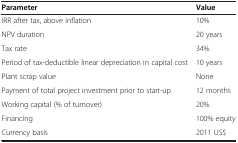
<table><thead><tr><td><b>Parameter</b></td><td><b>Value</b></td></tr></thead><tbody><tr><td>IRR after tax, above inflation</td><td>10%</td></tr><tr><td>NPV duration</td><td>20 years</td></tr><tr><td>Tax rate</td><td>34%</td></tr><tr><td>Period of tax-deductible linear depreciation in capital cost</td><td>10 years</td></tr><tr><td>Plant scrap value</td><td>None</td></tr><tr><td>Payment of total project investment prior to start-up</td><td>12 months</td></tr><tr><td>Working capital (% of turnover)</td><td>20%</td></tr><tr><td>Financing</td><td>100% equity</td></tr><tr><td>Currency basis</td><td>2011 US$</td></tr></tbody></table>